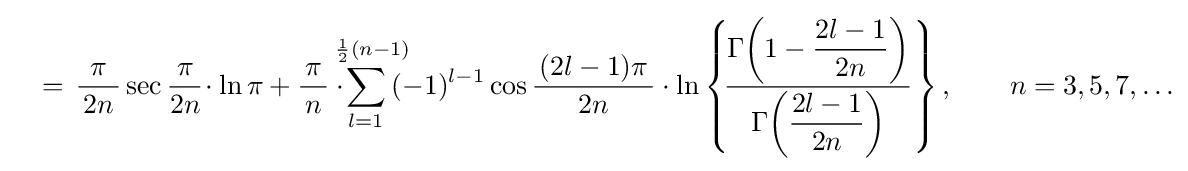
\quad =\,{\frac {\pi }{\,2n\,}}\sec {\frac {\,\pi \,}{2n}}\!\cdot \ln \pi +{\frac {\pi }{\,n\,}}\cdot \!\!\!\!\!\!\sum _{l=1}^{\;\;{\frac {1}{2}}(n-1)}\!\!\!\!(-1)^{l-1}\cos {\frac {\,(2l-1)\pi \,}{2n}}\cdot \ln \left\{\!{\frac {\Gamma \!\left(1-\displaystyle {\frac {2l-1}{2n}}\right)}{\Gamma \!\left(\displaystyle {\frac {2l-1}{2n}}\right)}}\right\},\qquad n=3,5,7,\ldots